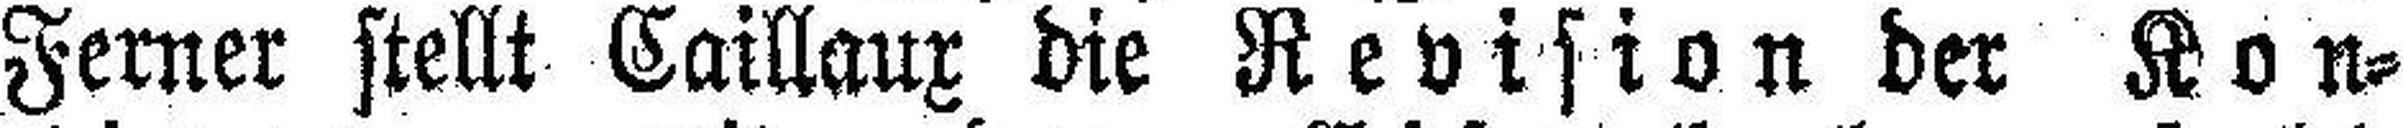
Ferner stellt Caillaux die Revision der Kon¬